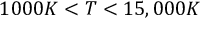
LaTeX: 1 0 0 0 K < T < 1 5 , 0 0 0 K